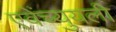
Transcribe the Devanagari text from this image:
एवेंच्युयली